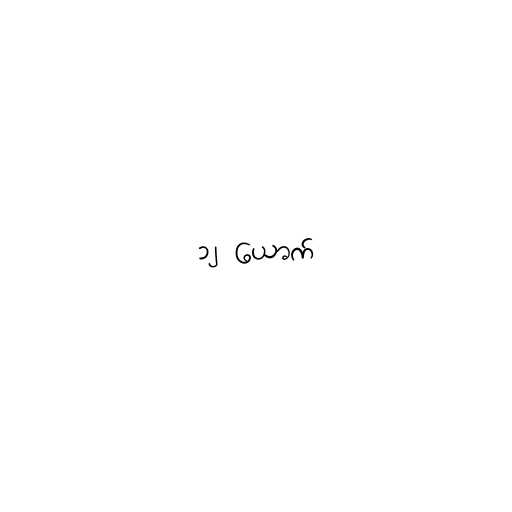
၁၂ ယောက်